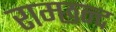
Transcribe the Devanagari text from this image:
राम्छन्द